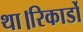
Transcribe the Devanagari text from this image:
था।रिकार्डो